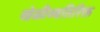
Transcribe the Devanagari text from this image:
खेळीव्यतिरिक्त